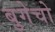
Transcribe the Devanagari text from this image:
बुगेचो